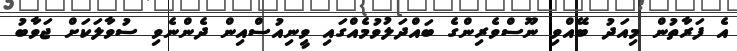
އެ ފަރާތުން މިއަދު ބޭއްވި ނޫސްވެރިންގެ ބައްދަލުވުމެއްގައި ވީނިއުސްއިން ދެންނެވި ސުވާލަކަށް ޖަވާބު